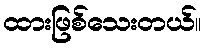
ထားဖြစ်သေးတယ်။